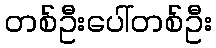
တစ်ဦးပေါ်တစ်ဦး